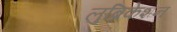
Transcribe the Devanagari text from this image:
लुब्रिकेंशन